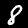
Digit: 8